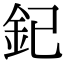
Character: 釲